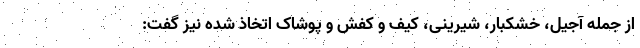
از جمله آجیل، خشکبار، شیرینی، کیف و کفش و پوشاک اتخاذ شده نیز گفت: